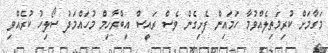
މަގާމަށް ކުރިމަތިލެއްވުމާ ހަމައިން ފެށިގެން ވެސް ރައީސް އިބްރާހިމް މުހައްމަދު ސޯލިހު ކުރެއްވި